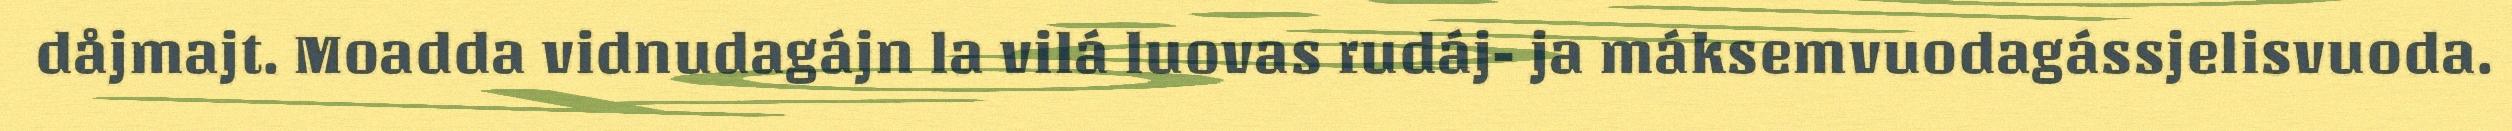
dåjmajt. Moadda vidnudagájn la vilá luovas rudáj- ja máksemvuodagássjelisvuoda.